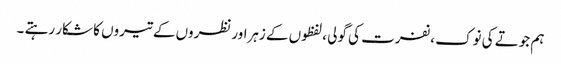
ہم جوتے کی نوک ،نفرت کی گولی ،لفظوں کے زہراورنظروں کے تیروں کا شکار رہتے ۔